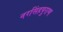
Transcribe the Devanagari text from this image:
नरसिंहपुराण